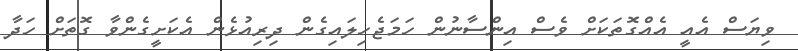
ވިޔަސް އެއީ އެއްގޮތަކަށް ވެސް އިންސާނުން ހަމަޖެހިލައިގެން ދިރިއުޅެން އެކަށީގެންވާ ގޮތަށް ހަދާ